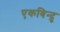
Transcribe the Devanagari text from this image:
एकबिन्दु